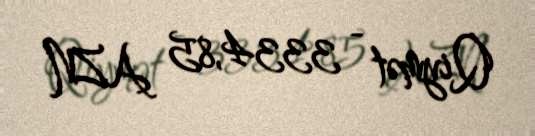
Qiymət - 3334,85 AZN